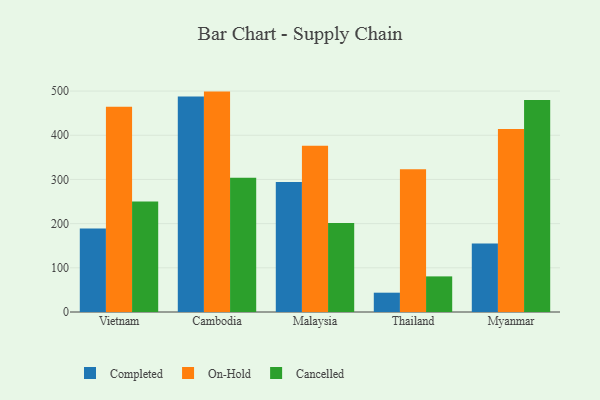
{"axis": {"x": "Country", "y": "Demand Index"}, "legend": ["Cancelled", "Completed", "On-Hold"], "data": [{"x": "Vietnam", "y": 188.9, "type": "Completed"}, {"x": "Vietnam", "y": 464.3, "type": "On-Hold"}, {"x": "Vietnam", "y": 250.1, "type": "Cancelled"}, {"x": "Cambodia", "y": 487.5, "type": "Completed"}, {"x": "Cambodia", "y": 498.8, "type": "On-Hold"}, {"x": "Cambodia", "y": 303.7, "type": "Cancelled"}, {"x": "Malaysia", "y": 294.3, "type": "Completed"}, {"x": "Malaysia", "y": 376.5, "type": "On-Hold"}, {"x": "Malaysia", "y": 201.5, "type": "Cancelled"}, {"x": "Thailand", "y": 43.7, "type": "Completed"}, {"x": "Thailand", "y": 323.0, "type": "On-Hold"}, {"x": "Thailand", "y": 80.6, "type": "Cancelled"}, {"x": "Myanmar", "y": 155.1, "type": "Completed"}, {"x": "Myanmar", "y": 414.2, "type": "On-Hold"}, {"x": "Myanmar", "y": 479.8, "type": "Cancelled"}]}